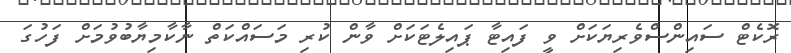
ރޮކެޓް ސައިންސްވެރިޔަކަށް ވީ ފައިޓާ ޕައިލެޓަކަށް ވާން ކުރި މަސައްކަތް ނާކާމިޔާބުވުމަށް ފަހުގަ